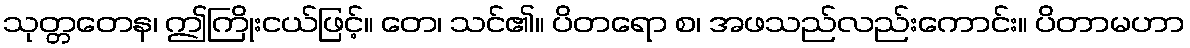
သုတ္တတေန၊ ဤကြိုးငယ်ဖြင့်။ တေ၊ သင်၏။ ပိတရော စ၊ အဖသည်လည်းကောင်း။ ပိတာမဟာ